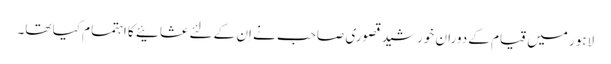
لاہور میں قیام کے دوران خورشید قصوری صاحب نے اِن کے لئے عشائیے کا اہتمام کیا تھا۔